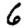
Digit: 6